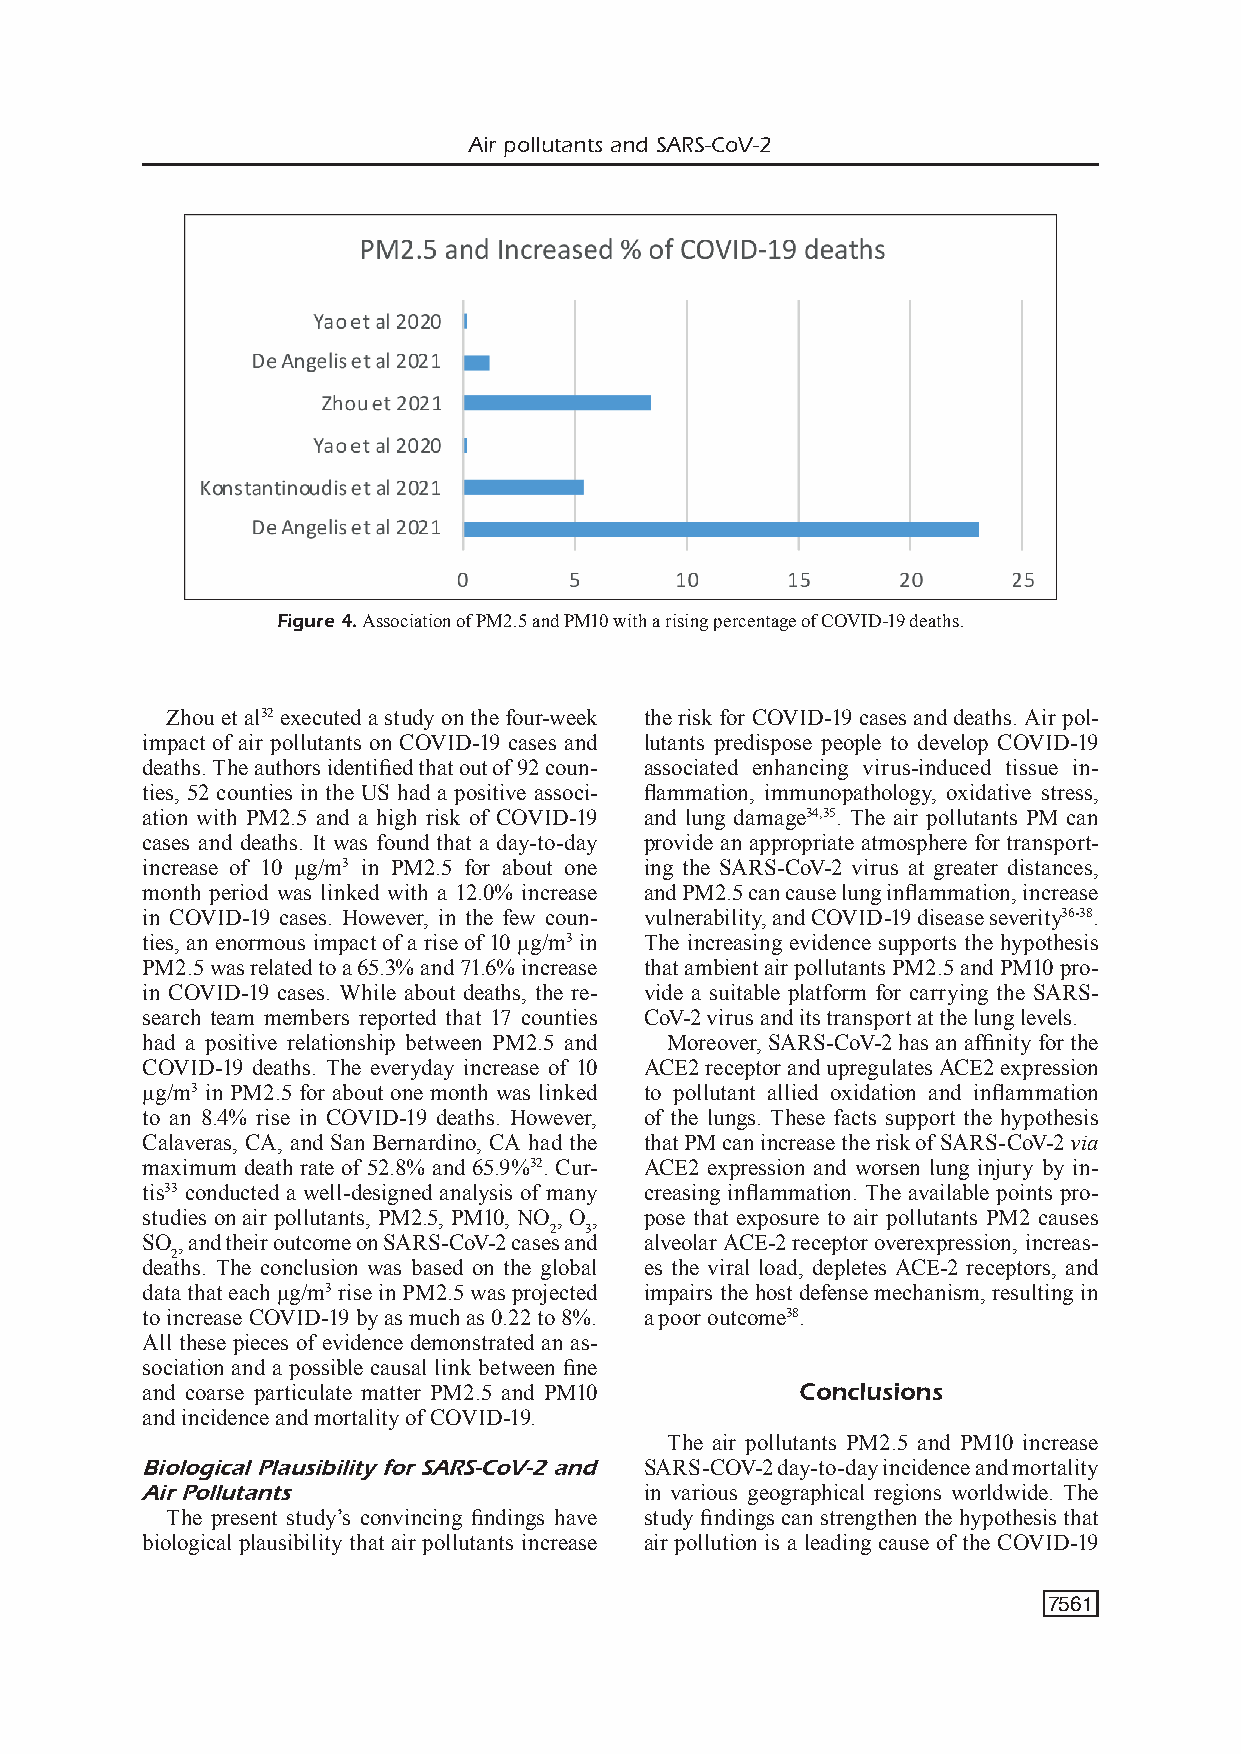
Air pollutants and SARS-CoV-2
 Figure 4. Association of PM2.5 and PM10 with a rising percentage of COVID-19 deaths.
 Zhou et al32 executed a study on the four-week the risk for COVID-19 cases and deaths. Air pol-
 impact of air pollutants on COVID-19 cases and lutants predispose people to develop COVID-19
 deaths. The authors identified that out of 92 coun- associated enhancing virus-induced tissue in-
 ties, 52 counties in the US had a positive associ- flammation, immunopathology, oxidative stress,
 ation with PM2.5 and a high risk of COVID-19 and lung damage34,35. The air pollutants PM can
 cases and deaths. It was found that a day-to-day provide an appropriate atmosphere for transport-
 increase of 10 μg/m3 in PM2.5 for about one ing the SARS-CoV-2 virus at greater distances,
 month period was linked with a 12.0% increase and PM2.5 can cause lung inflammation, increase
 in COVID-19 cases. However, in the few coun- vulnerability, and COVID-19 disease severity36-38.
 ties, an enormous impact of a rise of 10 μg/m3 in The increasing evidence supports the hypothesis
 PM2.5 was related to a 65.3% and 71.6% increase that ambient air pollutants PM2.5 and PM10 pro-
 in COVID-19 cases. While about deaths, the re- vide a suitable platform for carrying the SARS-
 search team members reported that 17 counties CoV-2 virus and its transport at the lung levels.
 had a positive relationship between PM2.5 and Moreover, SARS-CoV-2 has an affinity for the
 COVID-19 deaths. The everyday increase of 10 ACE2 receptor and upregulates ACE2 expression
 μg/m3 in PM2.5 for about one month was linked to pollutant allied oxidation and inflammation
 to an 8.4% rise in COVID-19 deaths. However, of the lungs. These facts support the hypothesis
 Calaveras, CA, and San Bernardino, CA had the that PM can increase the risk of SARS-CoV-2 via
 maximum death rate of 52.8% and 65.9%32. Cur- ACE2 expression and worsen lung injury by in-
 tis33 conducted a well-designed analysis of many creasing inflammation. The available points pro-
 studies on air pollutants, PM2.5, PM10, NO , O, pose that exposure to air pollutants PM2 causes
 2  3
 SO , and their outcome on SARS-CoV-2 cases and alveolar ACE-2 receptor overexpression, increas-
 2
 deaths. The conclusion was based on the global es the viral load, depletes ACE-2 receptors, and
 data that each μg/m3 rise in PM2.5 was projected impairs the host defense mechanism, resulting in
 to increase COVID-19 by as much as 0.22 to 8%. a poor outcome38.
 All these pieces of evidence demonstrated an as-
 sociation and a possible causal link between fine
 and coarse particulate matter PM2.5 and PM10 Conclusions
 and incidence and mortality of COVID-19.
 The air pollutants PM2.5 and PM10 increase
 Biological Plausibility for SARS-CoV-2 and SARS-COV-2 day-to-day incidence and mortality
 Air Pollutants                    in various geographical regions worldwide. The
 The present study’s convincing findings have study findings can strengthen the hypothesis that
 biological plausibility that air pollutants increase air pollution is a leading cause of the COVID-19
 7561